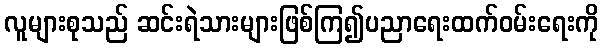
လူများစုသည် ဆင်းရဲသားများဖြစ်ကြ၍ပညာရေးထက်ဝမ်းရေးကို